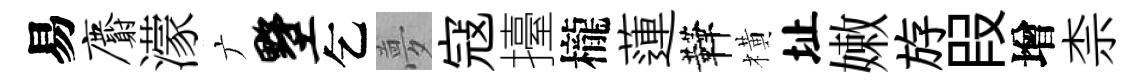
易麝濛广墅乞夢寇擡櫳蓮鞾橫址嫩斿叚增柰